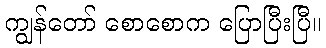
ကျွန်တော် စောစောက ပြောပြီးပြီ။